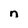
Character: n